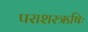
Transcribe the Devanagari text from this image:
पराशरऋषिः